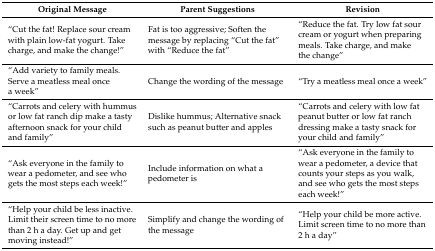
<table><thead><tr><td><b>Original Message</b></td><td><b>Parent Suggestions</b></td><td><b>Revision</b></td></tr></thead><tbody><tr><td>“Cut the fat! Replace sour cream with plain low-fat yogurt. Take charge, and make the change!”</td><td>Fat is too aggressive; Soften the message by replacing “Cut the fat” with “Reduce the fat”</td><td>“Reduce the fat. Try low fat sour cream or yogurt when preparing meals. Take charge, and make the change”</td></tr><tr><td>“Add variety to family meals. Serve a meatless meal once a week”</td><td>Change the wording of the message</td><td>“Try a meatless meal once a week”</td></tr><tr><td>“Carrots and celery with hummus or low fat ranch dip make a tasty afternoon snack for your child and family”</td><td>Dislike hummus; Alternative snack such as peanut butter and apples</td><td>“Carrots and celery with low fat peanut butter or low fat ranch dressing make a tasty snack for your child and family”</td></tr><tr><td>“Ask everyone in the family to wear a pedometer, and see who gets the most steps each week!”</td><td>Include information on what a pedometer is</td><td>“Ask everyone in the family to wear a pedometer, a device that counts your steps as you walk, and see who gets the most steps each week!”</td></tr><tr><td>“Help your child be less inactive. Limit their screen time to no more than 2 h a day. Get up and get moving instead!”</td><td>Simplify and change the wording of the message</td><td>“Help your child be more active. Limit screen time to no more than 2 h a day”</td></tr></tbody></table>